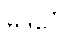
မုဒိင်္ဂေါ